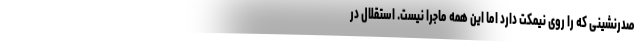
صدرنشینی که را روی نیمکت دارد اما این همه ماجرا نیست. استقلال در